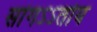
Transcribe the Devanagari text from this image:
सांगऽऽतोय